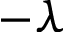
- \lambda